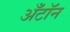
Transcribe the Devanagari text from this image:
अँटॉन